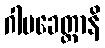
ဂါမခေတ္တာနိ